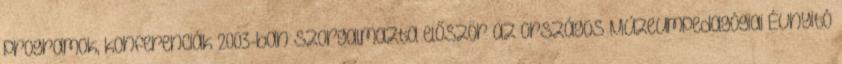
programok, konferenciák 2003-ban szorgalmazta először az Országos Múzeumpedagógiai Évnyitó